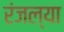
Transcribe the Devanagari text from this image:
रंजल्या